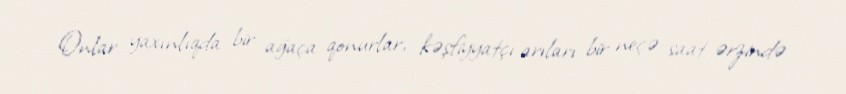
Onlar yaxınlıqda bir ağaça qonurlar, kəşfiyyatçı arıları bir neçə saat ərzində